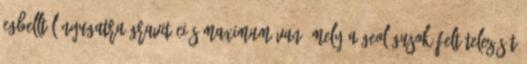
Egbelltől nyugatra gravitációs maximum van, mely a geológusok feltételezését